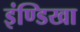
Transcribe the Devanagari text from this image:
इंण्डिखा